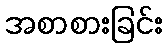
အစာစားခြင်း